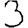
Digit: 3